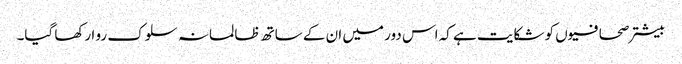
بیشتر صحافیوں کو شکایت ہے کہ اس دور میں ان کے ساتھ ظالمانہ سلوک رو ا رکھا گیا۔